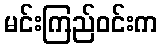
မင်းကြည်ဝင်းက